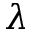
\lambda